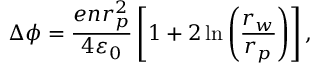
\Delta \phi = \frac { e n r _ { p } ^ { 2 } } { 4 \varepsilon _ { 0 } } \left[ 1 + 2 \ln { \left( \frac { r _ { w } } { r _ { p } } \right) } \right] ,